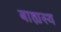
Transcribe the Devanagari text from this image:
बाह्यस्थ